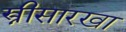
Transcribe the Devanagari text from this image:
स्त्रीसारखा